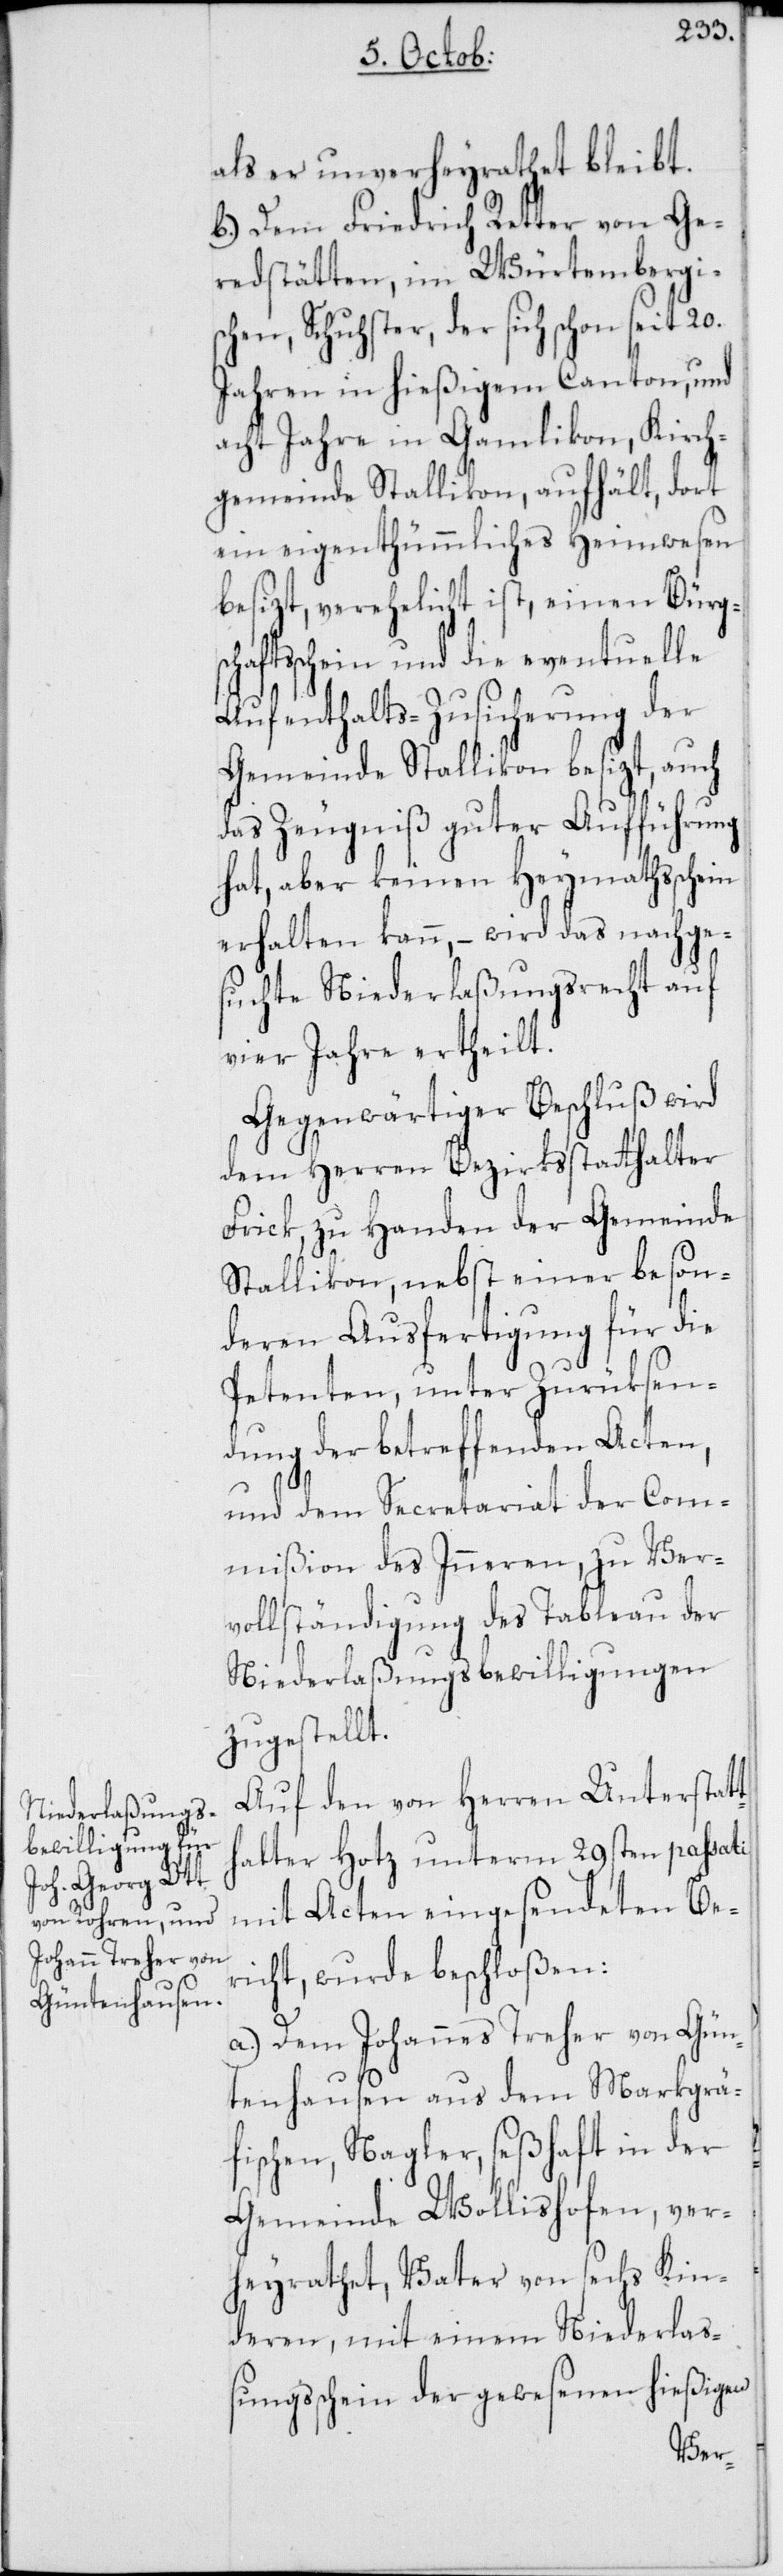
scha¬

als er unverheyrathet bleibt.
b.) Dem Friedrich Retter von Ge¬
redstätten, im Würtembergisc¬
hen, Schuhster, der sich schon seit 20.
Jahren in hießigem Canton, und
acht Jahre in Gamlikon, Kirch¬
gemeinde Stallikon, aufhält, dort
ein eigenthümmliches Heimwesen
besizt, verehelicht ist, einen Bürg¬
ftsschein und die eventuelle
Aufenthalts-Zusicherung der
Gemeinde Stallikon besizt, auch
das Zeugniß guter Aufführung
hat, aber keinen Heymathsschein
erhalten kann, – wird das nachge¬
suchte Niederlaßungsrecht auf
vier Jahre ertheilt.
Gegenwärtiger Beschluß wird
dem Herren Bezirksstatthalter
Frick, zu Handen der Gemeinde
Stallikon, nebst einer beson¬
deren Ausfertigung für die
Petenten, unter Zurüksen¬
dung der betreffenden Acten,
und dem Secretariat der Com¬
mißion des Inneren, zu Ver¬
vollständigung des Tableau der
Niederlaßungsbewilligungen
zugestellt.
Auf den von Herren Unterstatt¬
halter Hotz unterm 29sten passati
mit Acten eingesendeten Be¬
richt, wurde beschloßen:
a.) Dem Johannes Treher von Gün¬
tenhausen aus dem Marktgrä¬
fischen, Nagler, seßhaft in der
Gemeinde Wollishofen, ver¬
heyrathet, Vater von sechs Kin¬
deren, mit einem Niederlaß¬
ungsschein der gewesenen hießigen